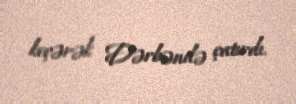
keçərək Dərbəndə çatırdı.